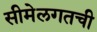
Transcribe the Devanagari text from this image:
सीमेलगतची